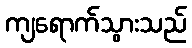
ကျရောက်သွားသည်